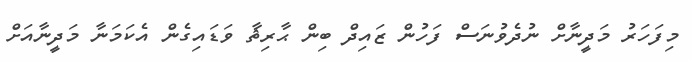
މިފަހަރު މަދީނާށް ނުދެވުނަސް ފަހުން ޒައިދް ބިން ޙާރިޘާ ވަޑައިގެން އެކަމަނާ މަދީނާއަށް